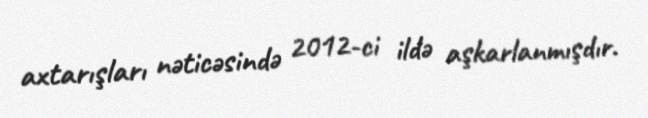
axtarışları nəticəsində 2012-ci ildə aşkarlanmışdır.